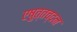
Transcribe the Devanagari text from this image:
एषुत्तच्दन